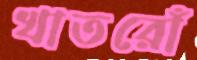
খাতরোঁ